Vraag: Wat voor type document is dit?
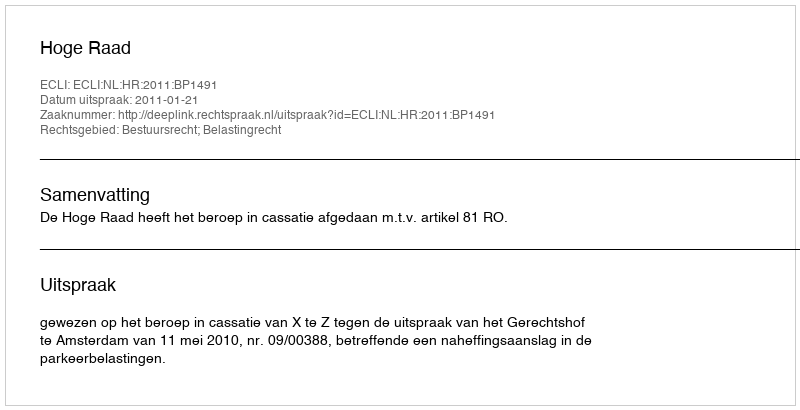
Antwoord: Uitspraak